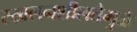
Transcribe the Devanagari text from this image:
स्खलनशीलतेमुळे